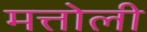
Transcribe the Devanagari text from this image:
मत्तोली